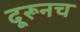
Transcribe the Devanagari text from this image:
दूरूनच